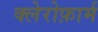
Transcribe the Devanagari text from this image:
क्लेरोफ़ार्म